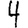
Digit: 4